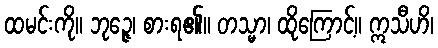
ထမင်းကို။ ဘုဉ္ဇေ၊ စားရ၏။ တသ္မာ၊ ထိုကြောင့်။ ဣသီဟိ၊